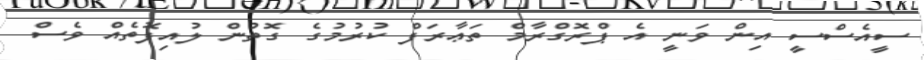
ސީއެސްސީ އިން ވަނީ އެ ޕްރޮގްރާމް ތަޢާރަފް ކުރުމުގެ ގޮތުން ލުއިފޮތެއް ވެސް